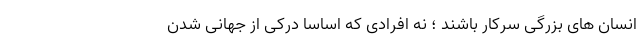
انسان های بزرگی سرکار باشند ؛ نه افرادی که اساسا درکی از جهانی شدن